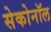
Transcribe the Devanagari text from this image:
सेकोनॉल